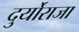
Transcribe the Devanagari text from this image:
दुर्योराजा